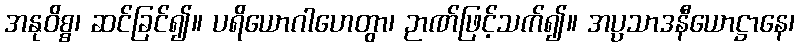
အနုဝိစ္စ၊ ဆင်ခြင်၍။ ပရိယောဂါဟေတွာ၊ ဉာဏ်ဖြင့်သက်၍။ အပ္ပသာဒနီယောဋ္ဌာနေ၊